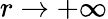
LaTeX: r\to+\infty